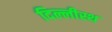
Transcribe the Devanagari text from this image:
दिल्लीस्थ